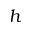
h